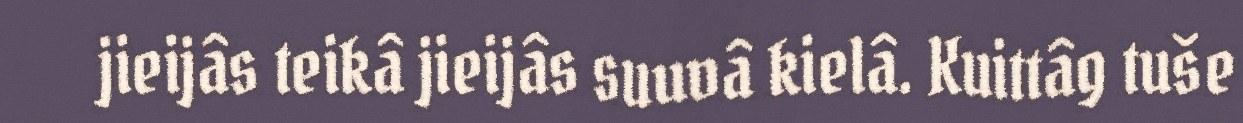
jieijâs teikâ jieijâs suuvâ kielâ. Kuittâg tuše